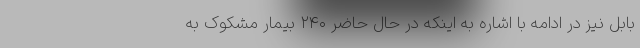
بابل نیز در ادامه با اشاره به اینکه در حال حاضر ۲۴۰ بیمار مشکوک به